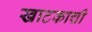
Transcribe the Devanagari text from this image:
खाटकाची